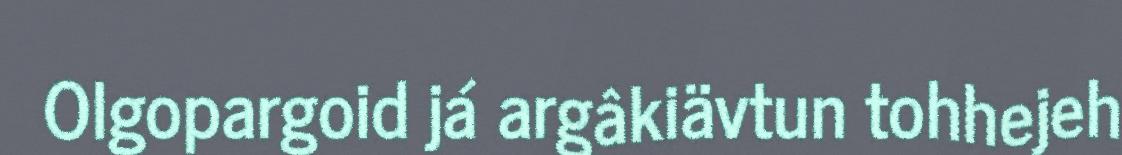
Olgopargoid já argâkiävtun tohhejeh